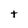
Character: t